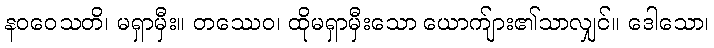
နဝဝေသတိ၊ မရှာမှီး။ တဿေဝ၊ ထိုမရှာမှီးသော ယောက်ျား၏သာလျှင်။ ဒေါသော၊